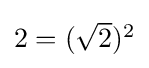
\textstyle 2=({\sqrt {2}})^{2}